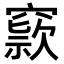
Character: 𥧾